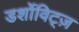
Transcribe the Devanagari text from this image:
डर्शोविट्ज़